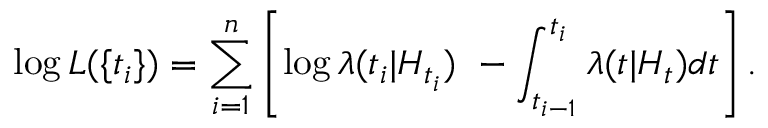
\log L ( \{ t _ { i } \} ) = \sum _ { i = 1 } ^ { n } \left[ \log \lambda ( t _ { i } | H _ { t _ { i } } ) \ - \int _ { t _ { i - 1 } } ^ { t _ { i } } \lambda ( t | H _ { t } ) d t \right] .